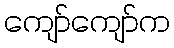
ကျော်ကျော်က